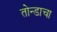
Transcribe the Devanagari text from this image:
तोन्डाचा